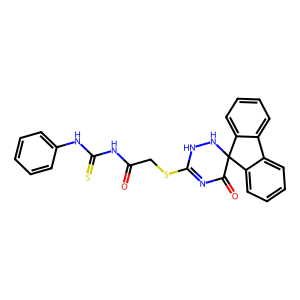
SMILES: O=C(CSC1=NC(=O)C2(NN1)c1ccccc1-c1ccccc12)NC(=S)Nc1ccccc1
Inhibits HIV replication: No